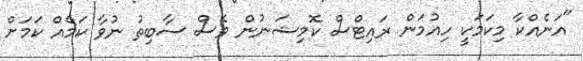
"އަނެއްކާ މިކަމަކީ ހިއުމަން ރައިޓްސް ކޮމިޝަނުން ވެސް ސާބިތު ނުވާ ކަމެއް ކަމަށް